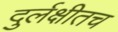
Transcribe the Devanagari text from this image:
दुर्लक्षीतच